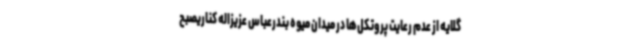
گلایه از عدم رعایت پروتکل‌ها در میدان میوه بندرعباس عزیزاله کناریصبح